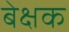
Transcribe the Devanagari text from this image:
बेक्षक